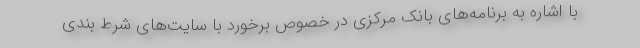
با اشاره به برنامه‌های بانک مرکزی در خصوص برخورد با سایت‌های شرط بندی